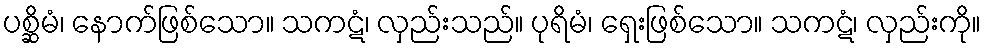
ပစ္ဆိမံ၊ နောက်ဖြစ်သော။ သကဋံ၊ လှည်းသည်။ ပုရိမံ၊ ရှေးဖြစ်သော။ သကဋံ၊ လှည်းကို။